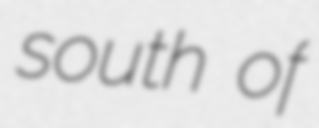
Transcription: south of